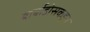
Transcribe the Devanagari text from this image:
बार्बाडोसकडून